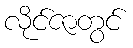
လိုင်ဇာတွင်